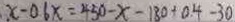
. x - 0 . 6 x = 4 5 0 - x - 1 8 0 + 0 . 4 - 3 0